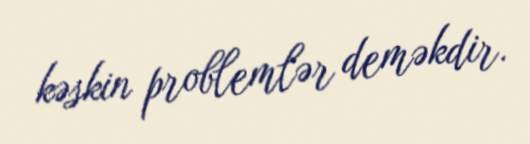
kəskin problemlər deməkdir.